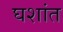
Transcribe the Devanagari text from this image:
घशांत